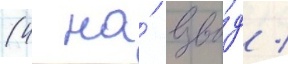
(4 на́ взво́д /